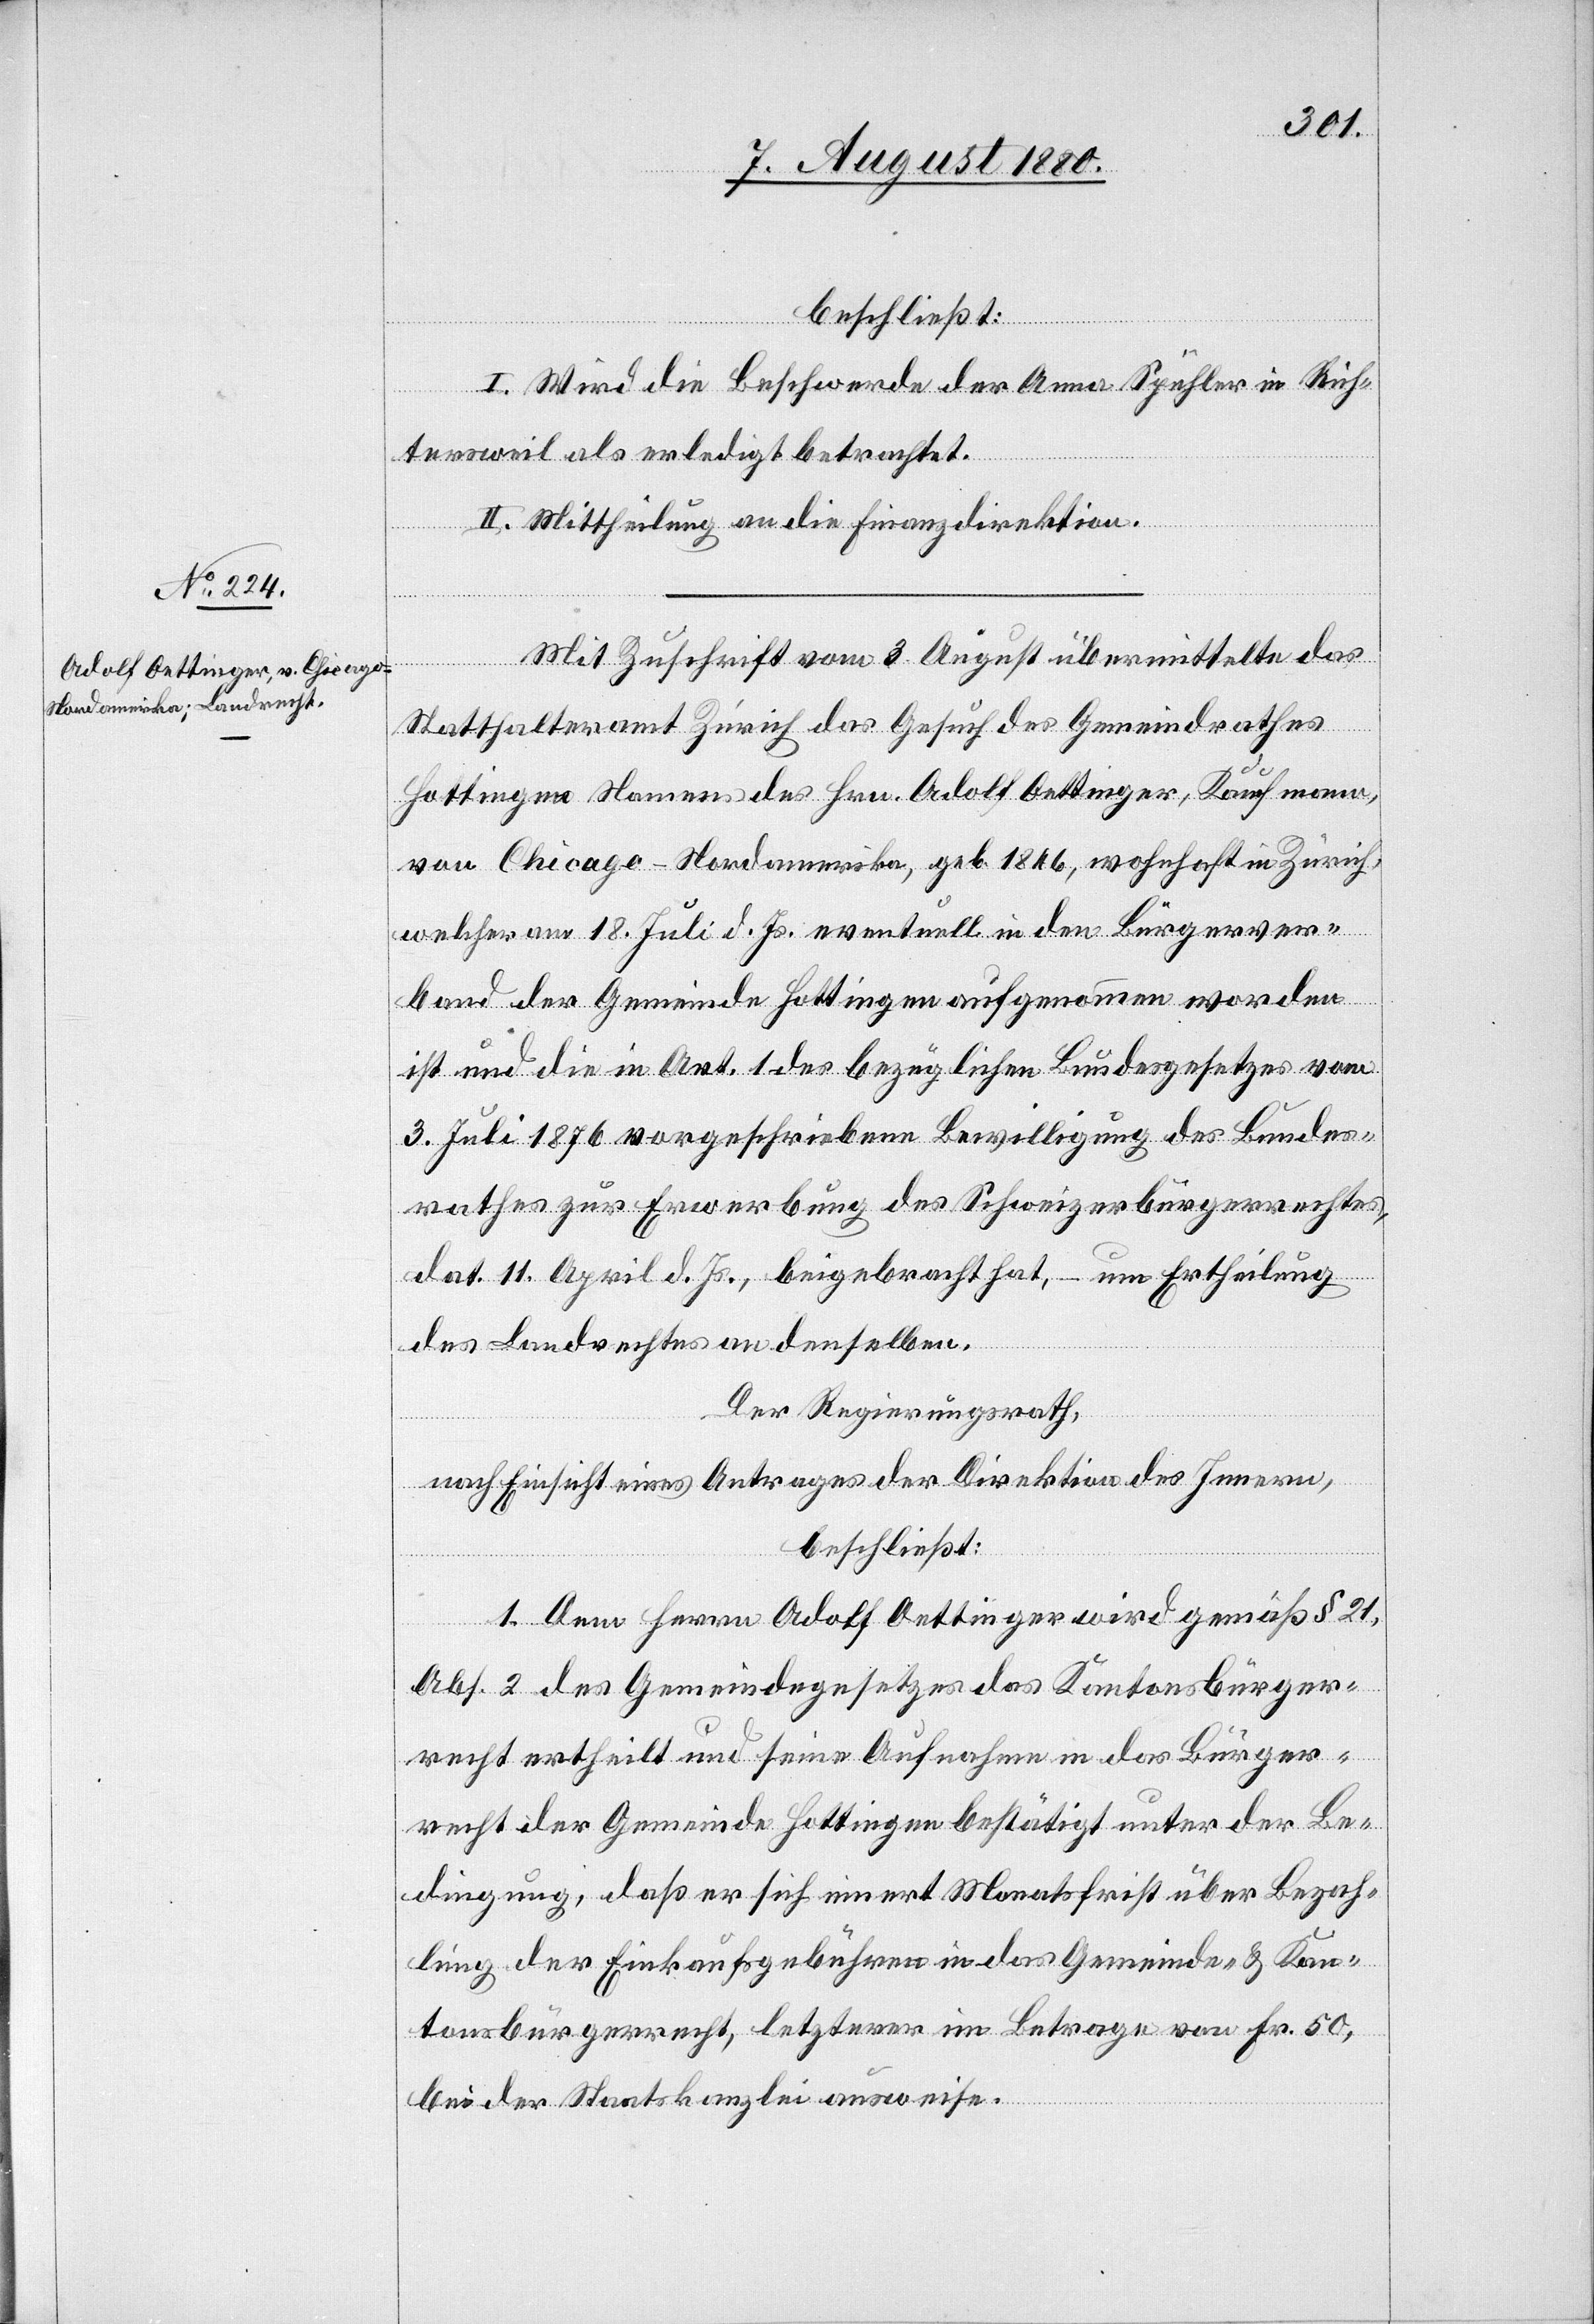
beschließt:
I. Wird die Beschwerde der Anna Spühler in Rich¬
tersweil als erledigt betrachtet.
II. Mittheilung an die Finanzdirektion.
Mit Zuschrift vom 3. August übermittelte das
Statthalteramt Zürich das Gesuch des Gemeindrathes
Hottingen Namens des Hrn. Adolf Oettinger, Kaufmann
von Chicago - Nordamerika, geb. 1846, wohnhaft in Zürich,
welcher am 18. Juli d. Js. eventuell in den Bürgerver¬
band der Gemeinde Hottingen aufgenommen worden
ist und die in Art. 1 des bezüglichen Bundesgesetzes vom
3. Juli 1876 vorgeschriebenen Bewilligung des Bundes¬
rathes zur Erwerbung des Schweizerbürgerrechtes,
dat. 11. April d. Js., beigebracht hat, – um Ertheilung
des Landrechtes an denselben.
Der Regierungsrath,
nach Einsicht eines Antrages der Direktion des Innern,
beschließt:
1. Dem Herrn Adolf Oettinger wird gemäß § 21,
Abs. 2 des Gemeindegesetztes das Kantonsbürger¬
recht ertheilt und seine Aufnahme in das Bürger¬
recht der Gemeinde Hottingen besttätigt unter der Be¬
dingung, daß er sich innert Monatsfrist über Bezah¬
lung der Einkaufsgebühren in das Gemeinde- & Kan¬
tonsbürgerrecht, letzterer im Betrage von Fr. 50,
bei der Staatskanzlei ausweise.